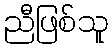
ညီဖြစ်သူ